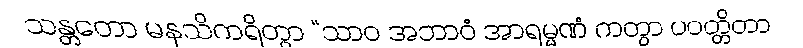
သန္တတော မနသိကရိတွာ “သာဝ အဘာဝံ အာရမ္မဏံ ကတွာ ပဝတ္တိတာ